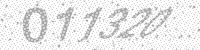
Solution: 011320